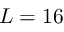
L = 1 6